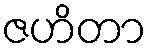
ဇဟိတာ